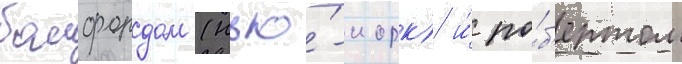
бомфордом (нью́-иорк) и́ ро́б'ертом